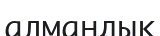
алмандық